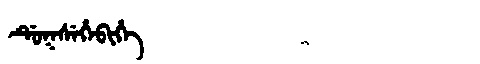
Manchu: ᡩᡠᡴᠰᡝᡥᡝᠪᡳᡥᡝ
Romanization: DUKSEHEBIHE